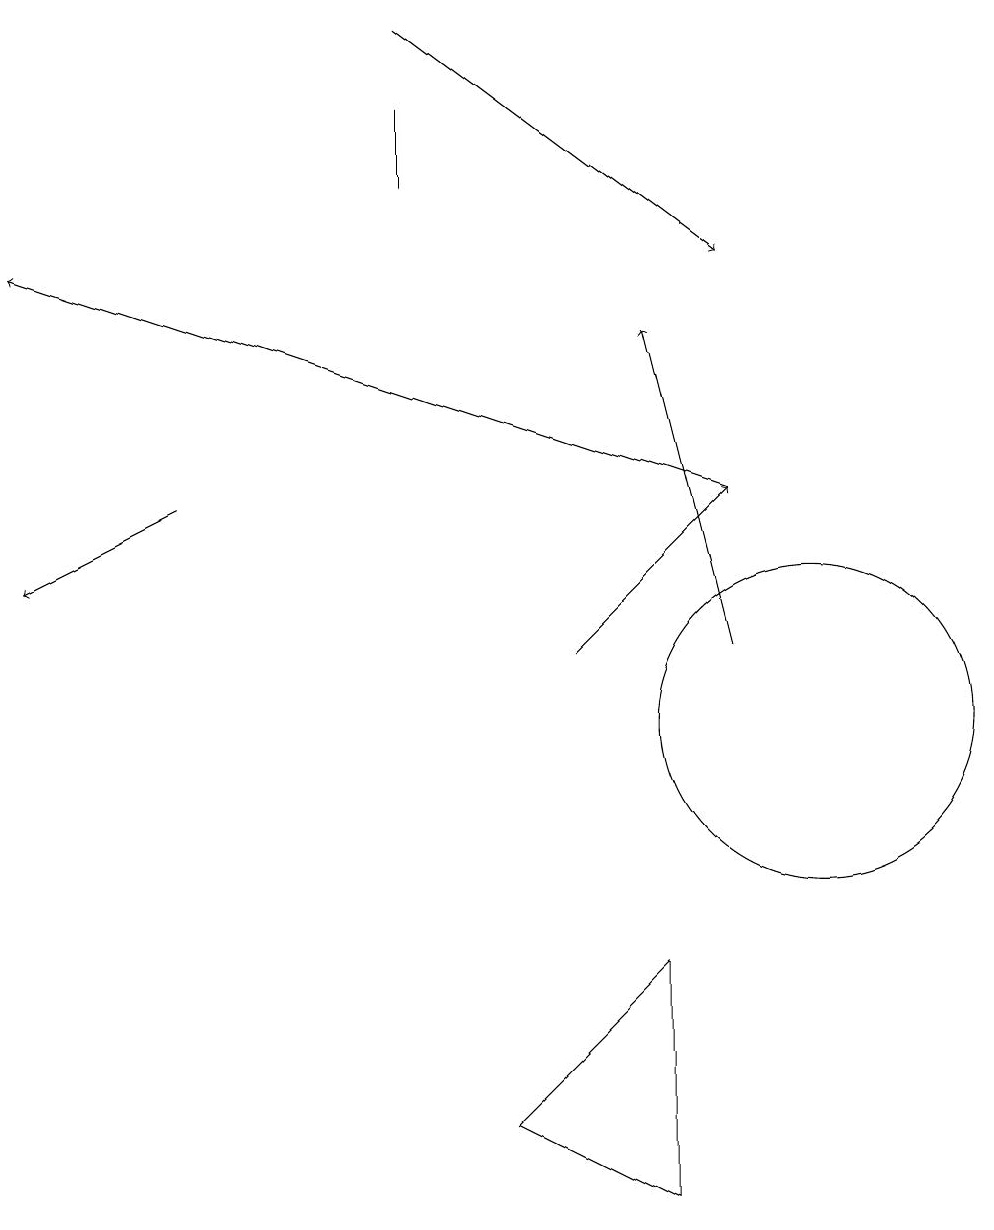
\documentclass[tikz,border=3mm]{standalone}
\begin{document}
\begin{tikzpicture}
\draw (8,7) -- (8,4) -- (6,5) -- cycle;
\draw[->] (5,19) -- (9,16);
\draw[->] (2,13) -- (0,12);
\draw[->] (9,13) -- (0,16);
\draw[->] (7,11) -- (9,13);
\draw (10,10) circle (2);
\draw[->] (9,11) -- (8,15);
\draw (5,17) rectangle (5,18);
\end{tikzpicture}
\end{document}